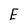
Character: E